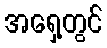
အရှေ့တွင်